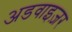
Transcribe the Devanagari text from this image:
अडवाइज़र